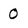
Character: O